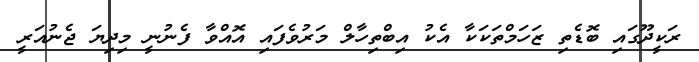
ރަކީދޫގައި ބޮޑެތި ޒަހަމްތަކަކާ އެކު އިބްތިހާލް މަރުވެފައި އޮއްވާ ފެނުނީ މިދިޔަ ޖެނުއަރީ